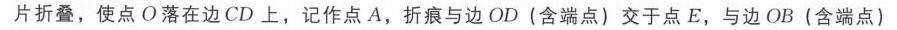
片折叠，使点 \(O\) 落在边 \(CD\) 上，记作点 \(A\)，折痕与边 \(OD\)（含端点）交于点 \(E\)，与边 \(OB\)（含端点）